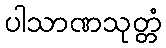
ပါသာဏသုတ္တံ